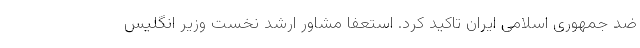
ضد جمهوری اسلامی ایران تاکید کرد. استعفا مشاور ارشد نخست وزیر انگلیس